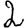
Digit: 2